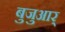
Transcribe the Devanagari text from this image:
बुजुआर्